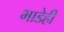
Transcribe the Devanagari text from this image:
भाडेही